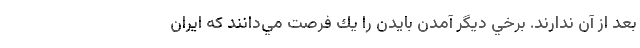
بعد از آن ندارند. برخي ديگر آمدن بايدن را يك فرصت مي‌دانند كه ايران